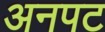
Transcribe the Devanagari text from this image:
अनपट